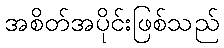
အစိတ်အပိုင်းဖြစ်သည်